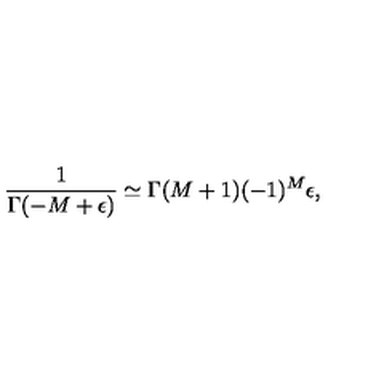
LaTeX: \frac 1 { \Gamma ( - M + \epsilon ) } \simeq \Gamma ( M + 1 ) ( - 1 ) ^ { M } \epsilon ,